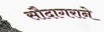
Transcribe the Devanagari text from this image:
सौदागराने